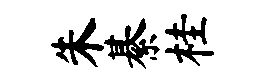
朱綦桂